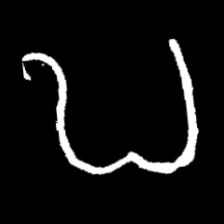
Pyu character \u2014 Myanmar letter: ဎ (romanized: ddha)